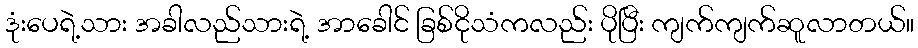
ဒုံးပေရဲ့သား အခါလည်သားရဲ့ အာခေါင် ခြစ်ငိုသံကလည်း ပိုပြီး ကျက်ကျက်ဆူလာတယ်။